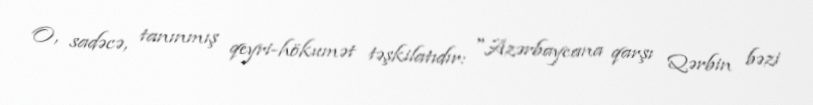
O, sadəcə, tanınmış qeyri-hökumət təşkilatıdır: "Azərbaycana qarşı Qərbin bəzi